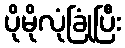
ပိုမိုလုံခြုံပြီး